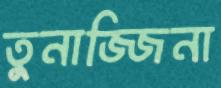
তুনাজ্জিনা